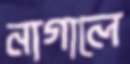
নাগালে